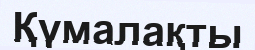
Қүмалақты